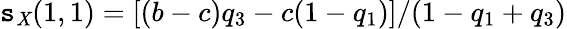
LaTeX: \mathtt{s}_{\mathit{X}}(1,1)=[(b-c)q_{3}-c(1-q_{1})]/(1-q_{1}+q_{3})